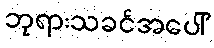
ဘုရားသခင်အပေါ်